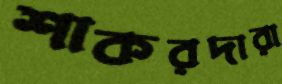
শাকরদারা